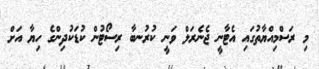
މި ރަސްމިއްޔާތުގައި އެޓާނީ ޖެނެރަލްް ވަނީ ކުރުނބާ ރިސޯޓުން ކުޑަކުދިންގެ ހިޔާ އަށް